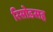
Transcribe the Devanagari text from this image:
रिसोडसह